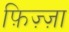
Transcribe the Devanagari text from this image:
फ़िज़्ज़ा